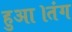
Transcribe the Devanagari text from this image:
हुआ।तंग